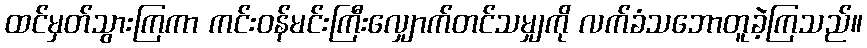
ထင်မှတ်သွားကြကာ ကင်းဝန်မင်းကြီးလျှောက်တင်သမျှကို လက်ခံသဘောတူခဲ့ကြသည်။